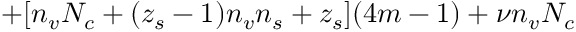
+ [ n _ { v } N _ { c } + ( z _ { s } - 1 ) n _ { v } n _ { s } + z _ { s } ] ( 4 m - 1 ) + \nu n _ { v } N _ { c }